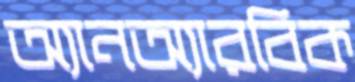
অ্যানঅ্যারবিক